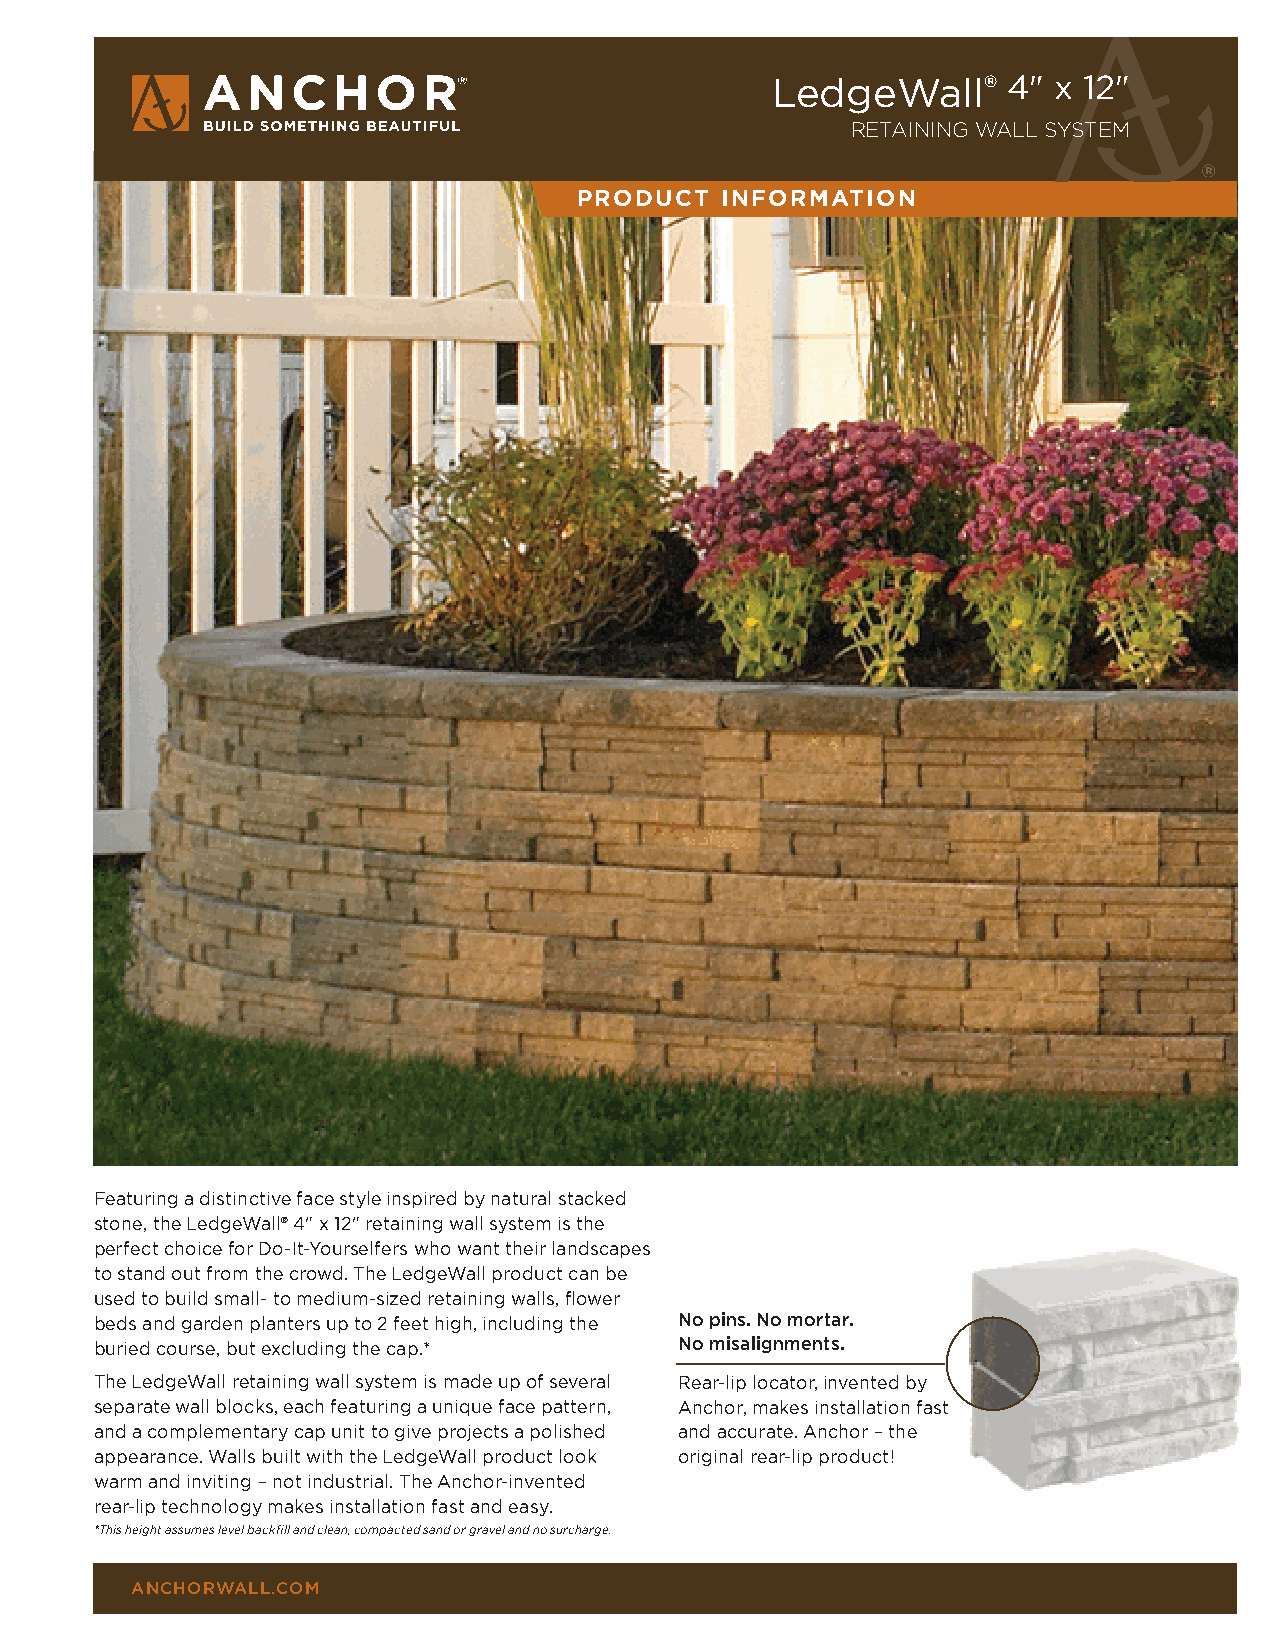
LedgeWall®      4" x 12"
 RETAINING wAll sysTEm
 PRODUCT   INFORMATION
 Featuring a distinctive face style inspired by natural stacked
 stone, the LedgeWall® 4" x 12" retaining wall system is the
 perfect choice for Do-It-Yourselfers who want their landscapes
 to stand out from the crowd. The LedgeWall product can be
 used to build small- to medium-sized retaining walls, flower
 beds and garden planters up to 2 feet high, including the No pins. No mortar.
 buried course, but excluding the cap.* No misalignments.
 The LedgeWall retaining wall system is made up of several Rear-lip locator, invented by
 separate wall blocks, each featuring a unique face pattern, Anchor, makes installation fast
 and a complementary cap unit to give projects a polished and accurate. Anchor – the
 appearance. Walls built with the LedgeWall product look original rear-lip product!
 warm and inviting – not industrial. The Anchor-invented
 rear-lip technology makes installation fast and easy.
 *This height assumes level backfill and clean, compacted sand or gravel and no surcharge.
 aNchorwall.com